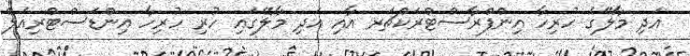
އަދި މާލޭގެ ހުރިހާ އިންފްރާސްޓްރަކްޗަރ އާއި އަދި މާލޭގައި ހުރި ހުރިހާ އިންޑަސްޓްރިއަލް